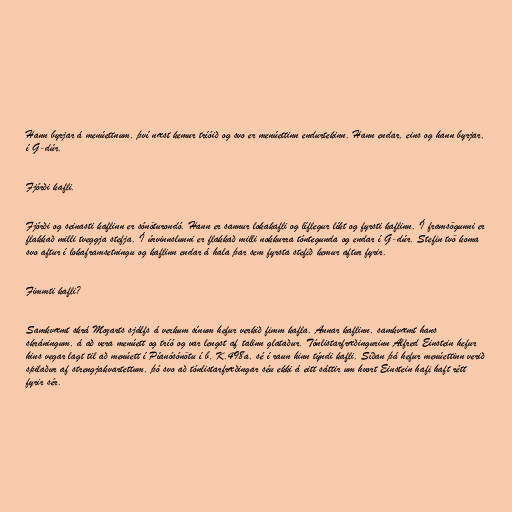
Hann byrjar á menúettnum, því næst kemur tríóið og svo er menúettinn endurtekinn. Hann endar, eins og hann byrjar,
í G-dúr.

Fjórði kafli.

Fjórði og seinasti kaflinn er sónöturondó. Hann er sannur lokakafli og líflegur líkt og fyrsti kaflinn. Í framsögunni er
flakkað milli tveggja stefja. Í úrvinnslunni er flakkað milli nokkurra tóntegunda og endar í G-dúr. Stefin tvö koma
svo aftur í lokaframsetningu og kaflinn endar á hala þar sem fyrsta stefið kemur aftur fyrir.

Fimmti kafli?

Samkvæmt skrá Mozarts sjálfs á verkum sínum hefur verkið fimm kafla. Annar kaflinn, samkvæmt hans
skráningum, á að vera menúett og tríó og var lengst af talinn glataður. Tónlistarfræðingurinn Alfred Einstein hefur
hins vegar lagt til að menúett í Píanósónötu í b, K.498a, sé í raun hinn týndi kafli. Síðan þá hefur menúettinn verið
spilaður af strengjakvartettum, þó svo að tónlistarfræðingar séu ekki á eitt sáttir um hvort Einstein hafi haft rétt
fyrir sér.